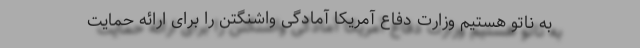
به ناتو هستیم وزارت دفاع آمریکا آمادگی واشنگتن را برای ارائه حمایت